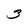
Character: 3